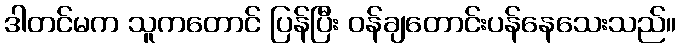
ဒါတင်မက သူကတောင် ပြန်ပြီး ဝန်ချတောင်းပန်နေသေးသည်။